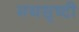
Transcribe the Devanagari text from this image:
मयसृष्टी